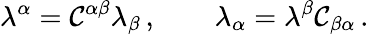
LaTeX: \lambda^{\alpha}={\cal\mathcal{C}}^{\alpha\beta}\lambda_{\beta}\, ,\qquad\lambda_{\alpha}=\lambda^{\beta}{\cal\mathcal{C}}_{\beta\alpha}\, .